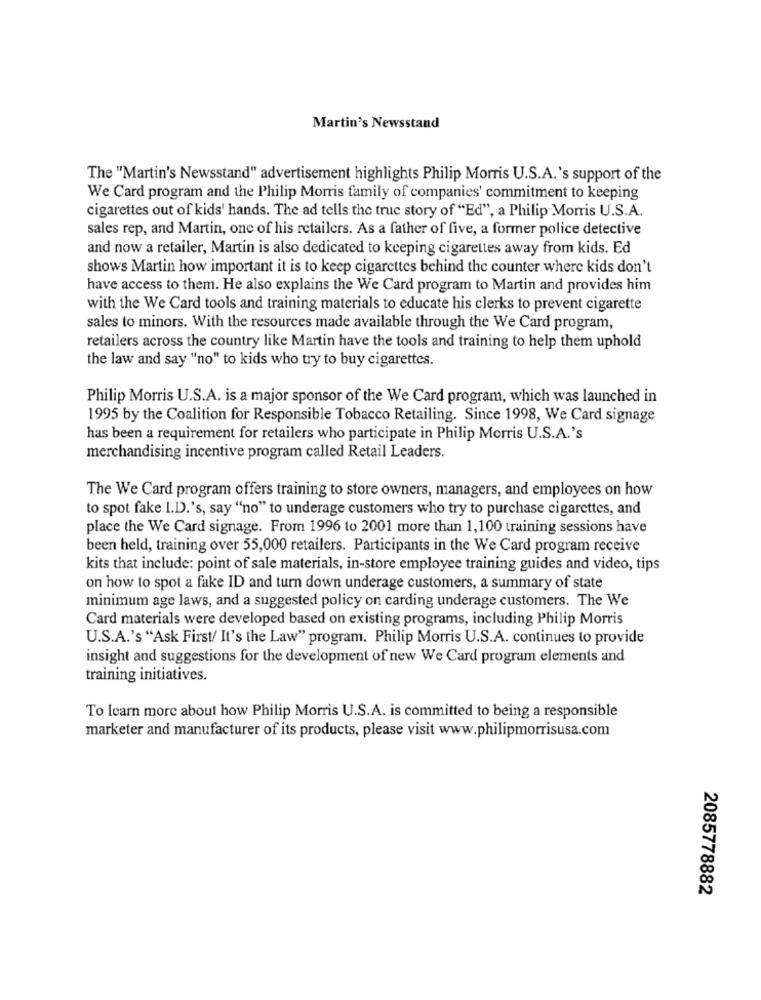
Martin's Newsstand
The "Martin's Newsstand" advertisement highlights Philip Morris U.S.A.'s support of the
We Card program and the Philip Morris family of companies' commitment to keeping
cigarettes out of kids' hands. The ad tells the true story of "Ed", a Philip Morris U.S.A.
sales rep, and Martin, one of his retailers. As a father of five, a former police detective
and now a retailer, Martin is also dedicated to keeping cigarettes away from kids. Ed
shows Martin how important it is to keep cigarettes behind the counter where kids don't
have access to them. He also explains the We Card program to Martin and provides him
with the We Card tools and training materials to educate his clerks to prevent cigarette
sales to minors. With the resources made available through the We Card program,
retailers across the country like Martin have the tools and training to help them uphold
the law and say "no" to kids who try to buy cigarettes.
Philip Morris U.S.A. is a major sponsor of the We Card program, which was launched in
1995 by the Coalition for Responsible Tobacco Retailing. Since 1998, We Card signage
has been a requirement for retailers who participate in Philip Morris U.S.A.'s
merchandising incentive program called Retail Leaders.
The We Card program offers training to store owners, managers, and employees on how
to spot fake I.D.'s, say "no" to underage customers who try to purchase cigarettes, and
place the We Card signage. From 1996 to 2001 more than 1,100 training sessions have
been held, training over 55,000 retailers. Participants in the We Card program receive
kits that include: point of sale materials, in-store employee training guides and video, tips
on how to spot a fake ID and turn down underage customers, a summary of state
minimum age laws, and a suggested policy on carding underage customers. The We
Card materials were developed based on existing programs, including Philip Morris
U.S.A.'s "Ask First/ It's the Law" program. Philip Morris U.S.A. continues to provide
insight and suggestions for the development of new We Card program elements and
training initiatives.
To learn more about how Philip Morris U.S.A. is committed to being a responsible
marketer and manufacturer of its products, please visit www.philipmorrisusa.com
2085778882